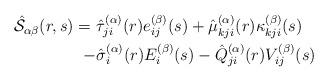
LaTeX: \begin{align*}\begin{aligned}\hat{\mathcal{S}}_{\alpha\beta}(r,s)=\ & \hat{\tau}_{ji}^{(\alpha)}(r)e_{ij}^{(\beta)}(s)+\hat{\mu}_{kji}^{(\alpha)}(r)\kappa_{kji}^{(\beta)}(s)\\- & \hat{\sigma}_{i}^{(\alpha)}(r)E_{i}^{(\beta)}(s)-\hat{Q}_{ji}^{(\alpha)}(r)V_{ij}^{(\beta)}(s)\end{aligned}\end{align*}